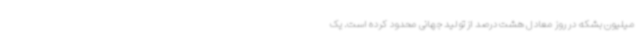
میلیون بشکه در روز معادل هشت درصد از تولید جهانی محدود کرده است. یک